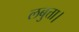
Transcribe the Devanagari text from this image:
लबुत्ता।